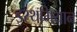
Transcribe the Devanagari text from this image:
इस्थमियान